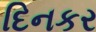
દિનકર